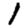
Digit: 1